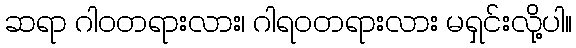
ဆရာ ဂါဝတရားလား၊ ဂါရဝတရားလား မရှင်းလို့ပါ။